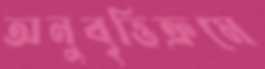
অনুবৃত্তিক্রমে